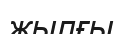
жылғы